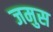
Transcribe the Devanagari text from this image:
जमुस